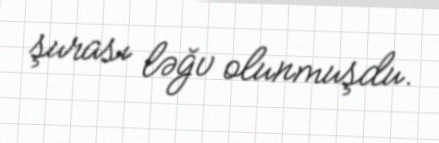
şurası ləğv olunmuşdu.